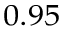
_ { 0 . 9 5 }